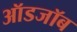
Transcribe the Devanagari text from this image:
ऑडजॉब